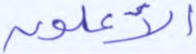
الأعلون